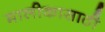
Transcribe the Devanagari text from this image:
मालीकासाठी